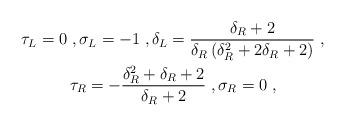
LaTeX: \begin{align*}\begin{gathered}\tau_L = 0 \;, \sigma_L = -1 \;, \delta_L = \frac{\delta_R + 2}{\delta_R \left( \delta_R^2 + 2 \delta_R + 2 \right)} \;, \\\tau_R = -\frac{\delta_R^2 + \delta_R + 2}{\delta_R + 2} \;, \sigma_R = 0 \;, \end{gathered}\end{align*}